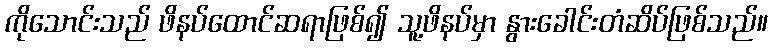
ကိုသောင်းသည် ဖိနပ်ထောင်ဆရာဖြစ်၍ သူ့ဖိနပ်မှာ နွားခေါင်းတံဆိပ်ဖြစ်သည်။